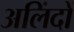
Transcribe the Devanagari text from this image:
अलिंदों